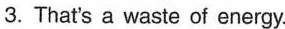
3.That's a waste of energy.